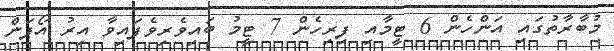
މުބާރާތުގައި އަންހެން 6 ޓީމާއި ފިރިހެން 7 ޓީމު ބައިވެރިވެފައިވާ އިރު އޯޕަން